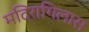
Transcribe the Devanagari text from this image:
मदिरागिलास